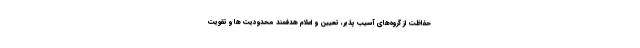
حفاظت از گروه‌های آسیب پذیر، تعیین و اعلام هدفمند محدودیت ها و تقویت